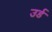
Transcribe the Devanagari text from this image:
उर्ड